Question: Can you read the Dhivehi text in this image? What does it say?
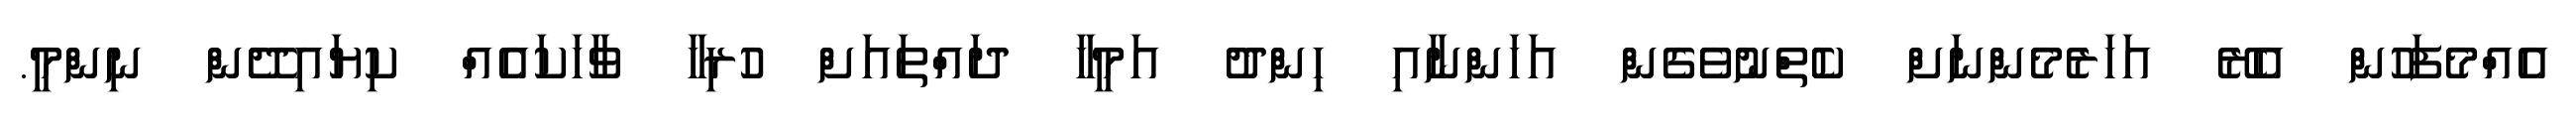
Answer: އެއްމެފަހުން އެރޭ އަހަރެމެންނަށް ކެތްނުވެގެން އަހަންނާއި ހިންދު އަމީހާ ދައްތައަށް ހުރިހާ ވާހަކައެއް ކިޔައިދޭން ނިންމީ.